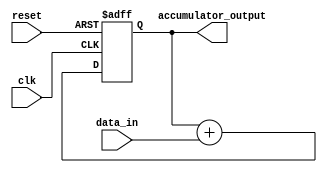
module accumulator (
    input wire clk,
    input wire reset,
    input wire [7:0] data_in,
    output reg [15:0] accumulator_output
);

reg [15:0] accumulator;

always @(posedge clk or posedge reset) begin
    if (reset) begin
        accumulator <= 16'b0;
    end else begin
        accumulator <= accumulator + data_in;
    end
end

assign accumulator_output = accumulator;

endmodule